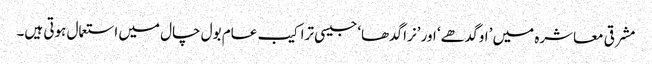
مشرقی معاشرہ میں ’او گدھے‘ اور ’نرا گدھا‘ جیسی تراکیب عام بول چال میں استعمال ہوتی ہیں۔